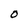
Character: 0